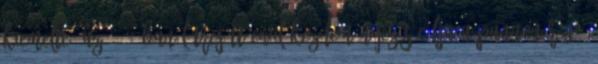
kiemelte: az 1998-ban létrejött civil kezdeményezés célja a Pannon-régió